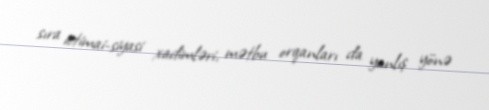
sıra ictimai-siyasi xadimləri, mətbu orqanları da yanlış yönə